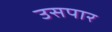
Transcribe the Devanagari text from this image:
उसपार